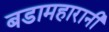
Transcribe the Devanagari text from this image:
बडामहारानी